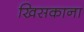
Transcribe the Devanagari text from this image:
खिसकाना